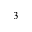
^ 3